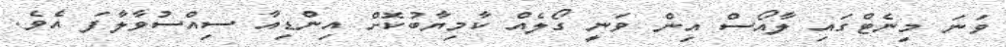
ވަނަ މިނެޓްގައި ލާއޯސް އިން ވަނީ ގޯލެއް ކާމިޔާބުކޮށް އިންޑިއާ ސިއްސުވާލާފަ އެވެ.